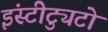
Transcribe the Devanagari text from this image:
इंस्टीट्युटो